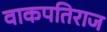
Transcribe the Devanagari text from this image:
वाकपतिराज